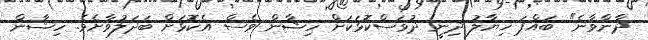
ދާންވާނެ" ބައްޕަ ޚިޔާލު ދިނީ ދުވަސްކޮޅަކަށް ހިޝާން ވެސް އެކޮޅަށް ބަދަލުވާށެވެ. ހިޝާން